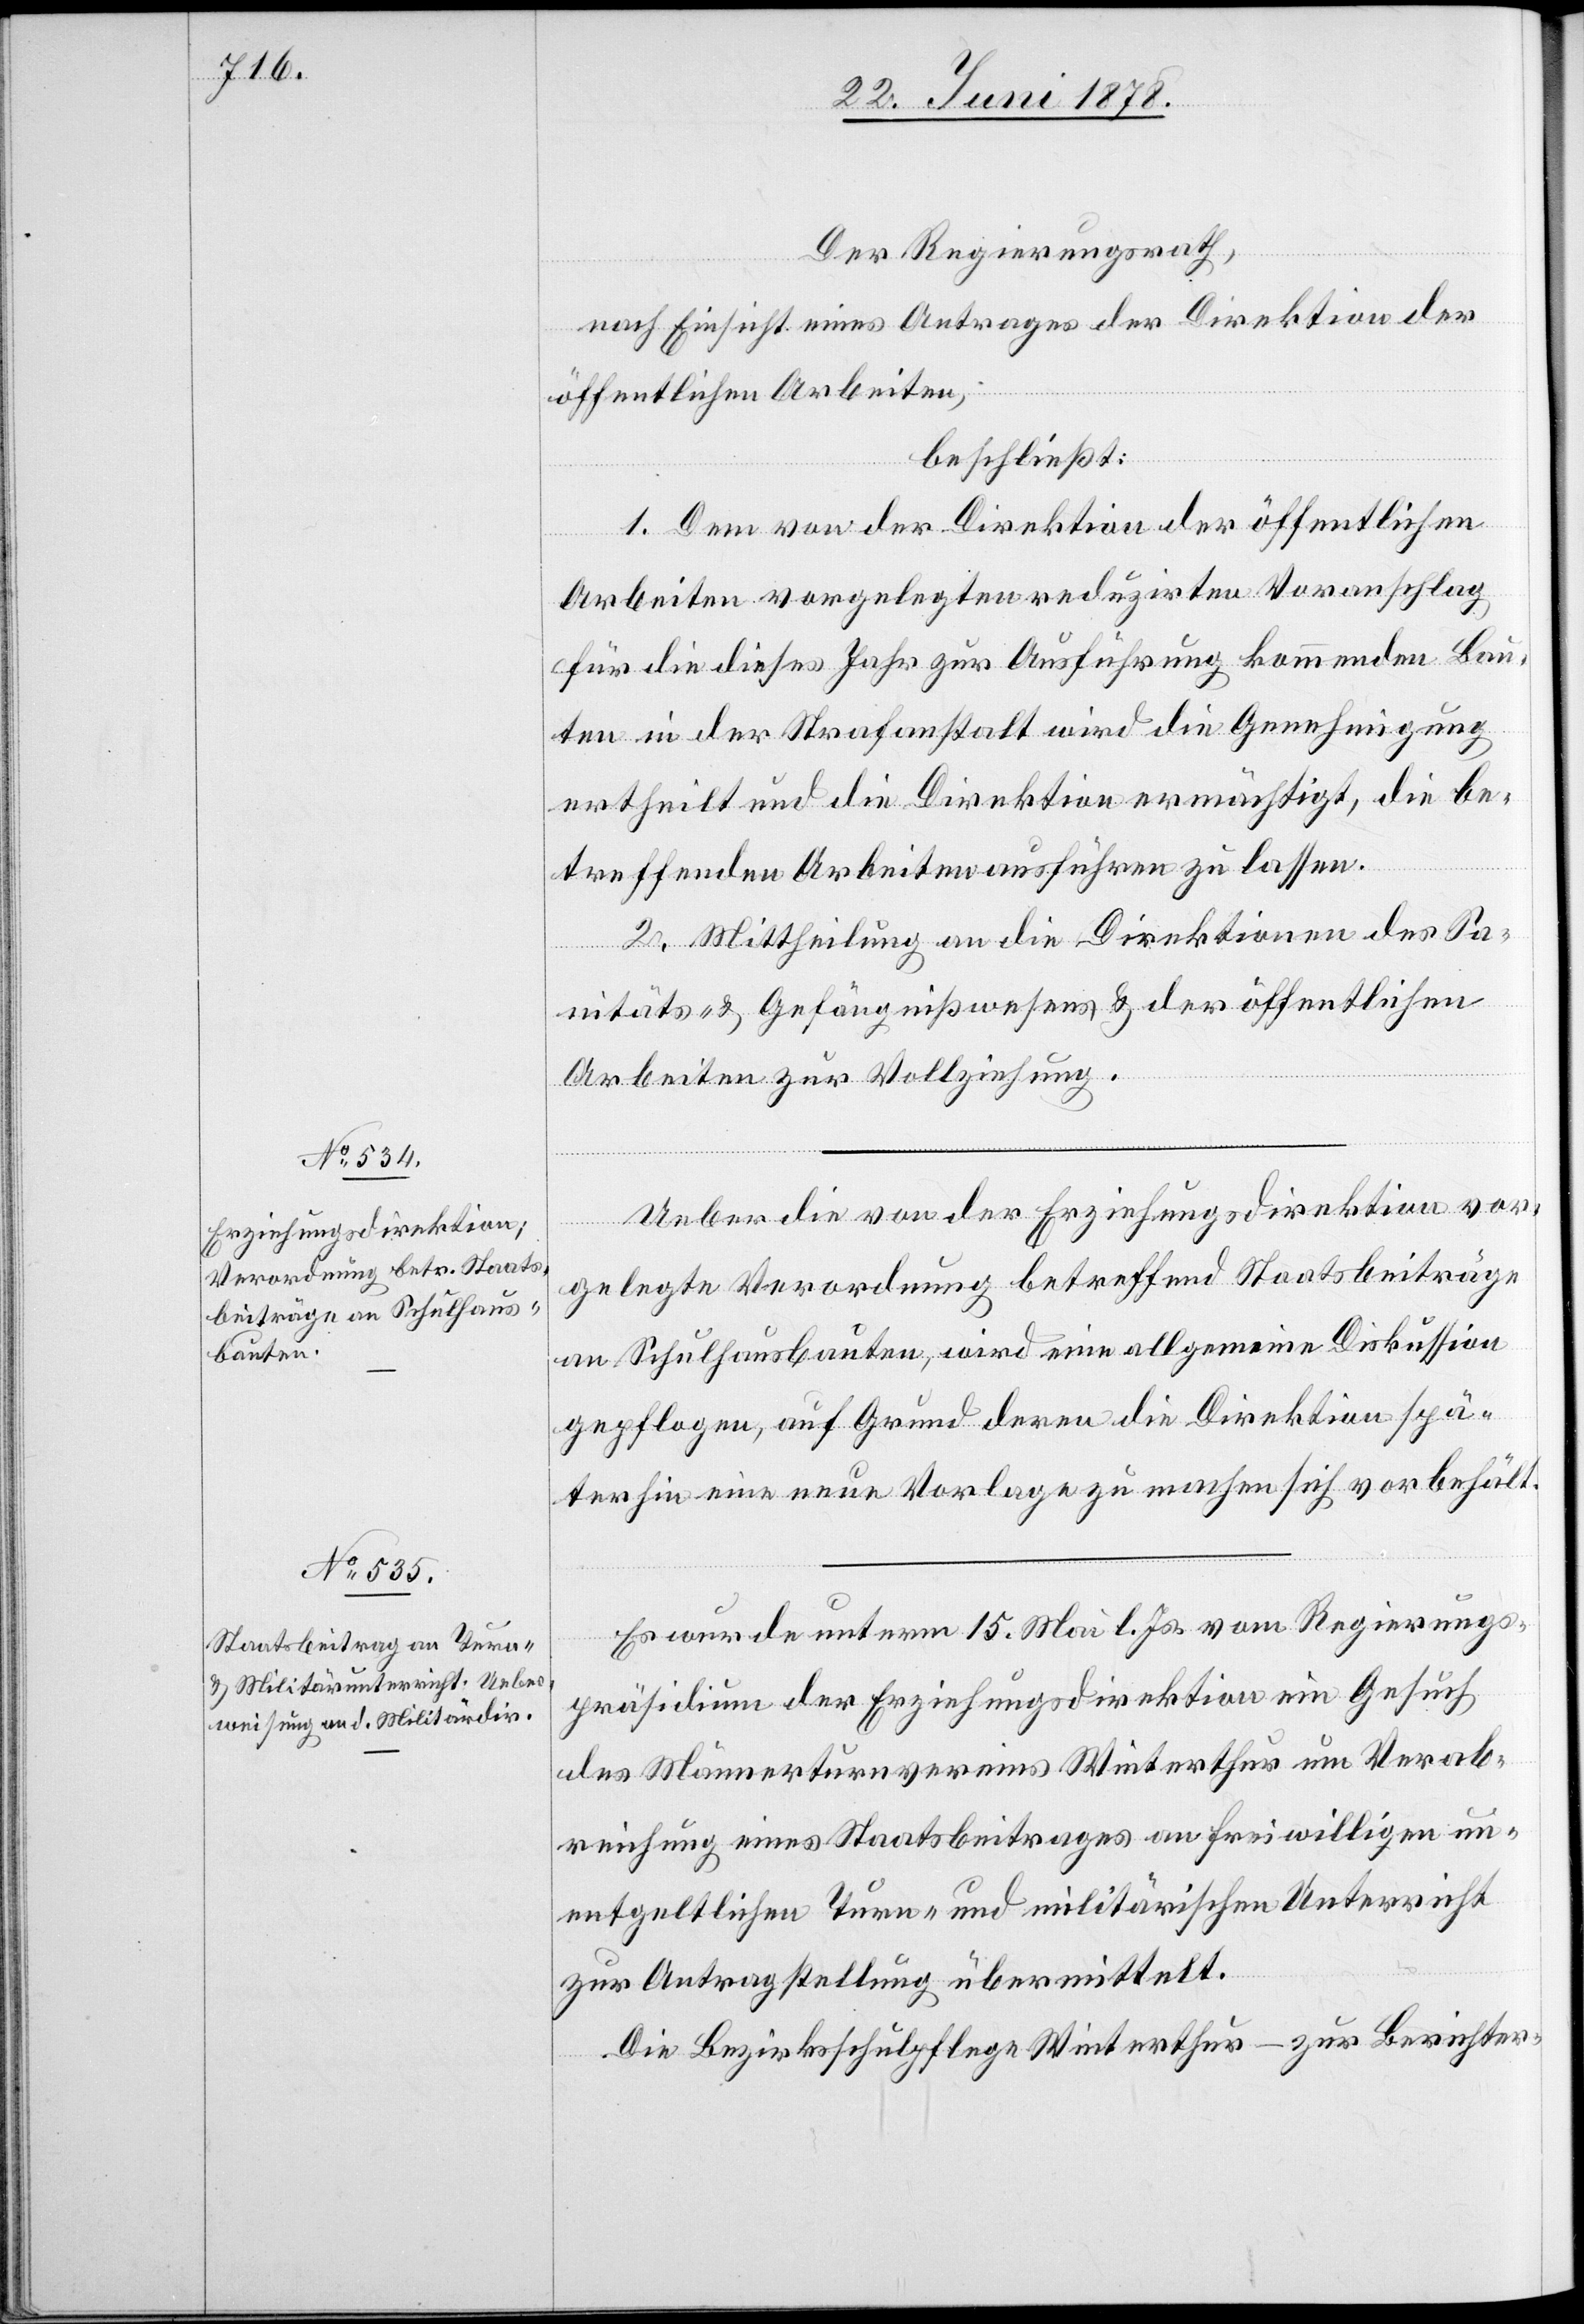
Der Regierungsrath,
nach Einsicht eines Antrages der Direktion der
öffentlichen Arbeiten,
beschließt:
1. Dem von der Direktion der öffentlichen
Arbeiten vorgelegten reduzirten Voranschlag
für die dieses Jahr zur Ausführung kommenden Bau¬
ten in der Strafanstalt wird die Genehmigung
ertheilt und die Direktion ermächtigt, die be¬
treffenden Arbeiten ausführen zu lassen.
2. Mittheilung an die Direktionen des Sa¬
nitäts- & Gefängnißwesens & der öffentlichen
Arbeiten zur Vollziehung.
Ueber die von der Erziehungsdirektion vor¬
gelegte Verordnung betreffend Staatsbeiträge
an Schulhausbauten, wird eine allgemeine Diskussion
gepflogen, auf Grund deren die Direktion spä¬
terhin eine neue Vorlage zu machen sich vorbehält.
Es wurde unterm 15. Mai l. Js. vom Regierungs¬
präsidium der Erziehungsdirektion ein Gesuch
des Männerturnvereins Winterthur um Verab¬
reichung eines Staatsbeitrages an freiwilligen un¬
entgeltlichen Turn- und militärischen Unterricht
zur Antragstellung übermittelt.
Die Bezirksschulpflege Winterthur – zur Berichter-